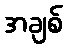
အချစ်